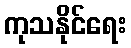
ကုသနိုင်ရေး